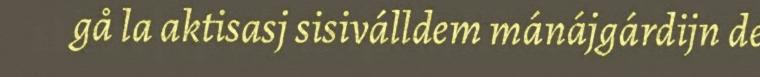
gå la aktisasj sisiválldem mánájgárdijn de